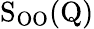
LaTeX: \mathrm{S_{OO}(Q)}